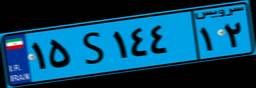
۷۲S۴۸۲۱۹